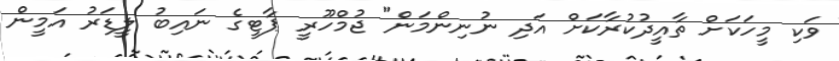
ވަކި މީހަކަށް ތާއީދުކުރާކަށް އަދި ނުނިންމަން" ޖުމްހޫރީ ޕާޓީގެ ނައިބު ލީޑަރު އަމީން